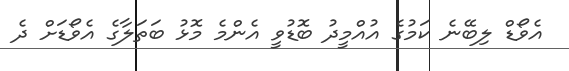
އެވޯޑް ލިބޭނެ ކަމުގެ އުއްމީދު ބޮޑުވީ އެންމެ މޮޅު ބަތަލާގެ އެވޯޑަށް ދެ